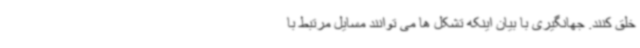
خلق کنند. جهانگیری با بیان اینکه تشکل ها می توانند مسایل مرتبط با